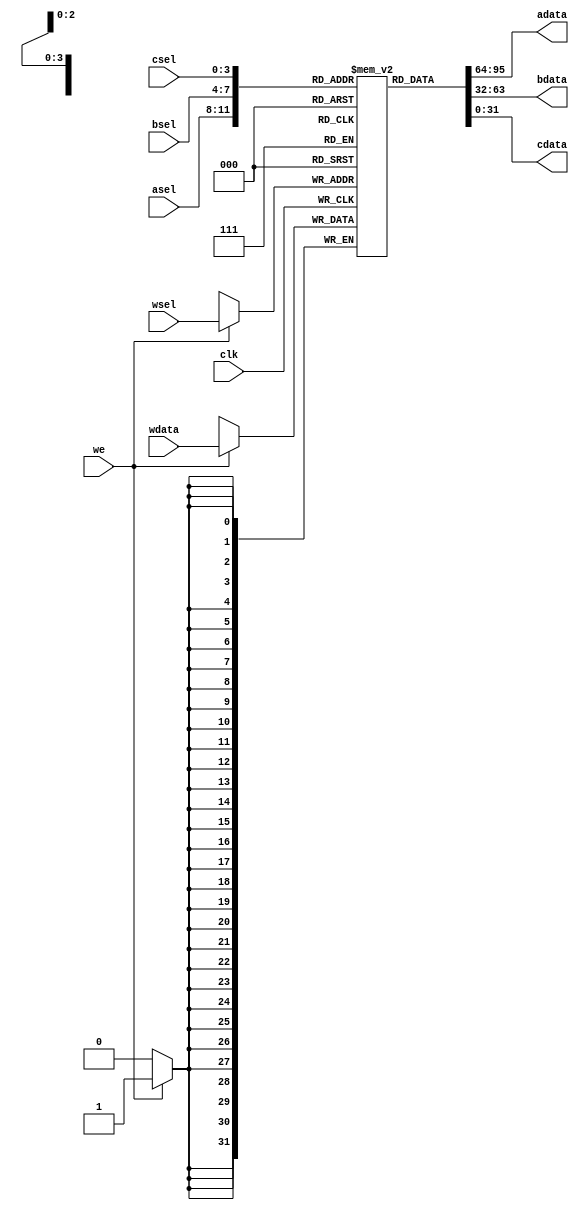
// Copyright 2009, Brian Swetland.  Use at your own risk.
// Hacked by Travis Geiselbrecht, 2009-2012
/*
 * Copyright (c) 2011-2012 Travis Geiselbrecht
 *
 * Permission is hereby granted, free of charge, to any person obtaining
 * a copy of this software and associated documentation files
 * (the "Software"), to deal in the Software without restriction,
 * including without limitation the rights to use, copy, modify, merge,
 * publish, distribute, sublicense, and/or sell copies of the Software,
 * and to permit persons to whom the Software is furnished to do so,
 * subject to the following conditions:
 *
 * The above copyright notice and this permission notice shall be
 * included in all copies or substantial portions of the Software.
 *
 * THE SOFTWARE IS PROVIDED "AS IS", WITHOUT WARRANTY OF ANY KIND,
 * EXPRESS OR IMPLIED, INCLUDING BUT NOT LIMITED TO THE WARRANTIES OF
 * MERCHANTABILITY, FITNESS FOR A PARTICULAR PURPOSE AND NONINFRINGEMENT.
 * IN NO EVENT SHALL THE AUTHORS OR COPYRIGHT HOLDERS BE LIABLE FOR ANY
 * CLAIM, DAMAGES OR OTHER LIABILITY, WHETHER IN AN ACTION OF CONTRACT,
 * TORT OR OTHERWISE, ARISING FROM, OUT OF OR IN CONNECTION WITH THE
 * SOFTWARE OR THE USE OR OTHER DEALINGS IN THE SOFTWARE.
 */

module regfile #(parameter WIDTH=32, parameter RSELWIDTH=4) (
    input clk, 
    input we, 
    input [RSELWIDTH-1:0] wsel, input  [WIDTH-1:0] wdata,
    input [RSELWIDTH-1:0] asel, output [WIDTH-1:0] adata,
    input [RSELWIDTH-1:0] bsel, output [WIDTH-1:0] bdata,
    input [RSELWIDTH-1:0] csel, output [WIDTH-1:0] cdata
    );

reg [WIDTH-1:0] R[0:2**RSELWIDTH-1];

integer k;
initial begin
    for (k = 0; k < RSELWIDTH**2; k = k + 1) R[k] = 0;
end

always @ (posedge clk)
begin
    if (we)
    begin
        R[wsel] <= wdata;
        $display("reg write %h data %h", wsel, wdata);
    end
end

assign adata = R[asel];
assign bdata = R[bsel];
assign cdata = R[csel];
   
endmodule

module regfile1out #(parameter WIDTH=32, parameter RSELWIDTH=4) (
    input clk, 
    input we, input [RSELWIDTH-1:0] wsel, input  [WIDTH-1:0] wdata,
    input [RSELWIDTH-1:0] asel, output [WIDTH-1:0] adata
    );

reg [WIDTH-1:0] R[0:2**RSELWIDTH-1];

integer k;
initial begin
    for (k = 0; k < RSELWIDTH**2; k = k + 1) R[k] = 0;
end

always @ (posedge clk)
begin
    if (we)
    begin
        R[wsel] <= wdata;
        $display("reg write %h data %h", wsel, wdata);
    end
end

assign adata = R[asel];
   
endmodule

module regfile_cr #(parameter WIDTH=32, parameter RSELWIDTH=4) (
    input clk, 
    input we, input [RSELWIDTH-1:0] wsel, input  [WIDTH-1:0] wdata,
    input [RSELWIDTH-1:0] asel, output [WIDTH-1:0] adata
    );

reg [WIDTH-1:0] R[0:2**RSELWIDTH-1];

integer k;
initial begin
    for (k = 0; k < RSELWIDTH**2; k = k + 1) R[k] = 0;
end

always @ (posedge clk)
begin
    if (we)
    begin
        if (wsel[RSELWIDTH-1]) begin
            R[wsel[RSELWIDTH-2:0]] <= ~wdata;
        end else begin
            R[wsel[RSELWIDTH-2:0]] <= wdata;
        end

        $display("reg write %h data %h", wsel, wdata);
    end
end

assign adata = (asel[RSELWIDTH-1] ? ~R[asel[RSELWIDTH-2:0]] : R[asel]);
   
endmodule